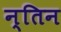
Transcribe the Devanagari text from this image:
न्तिन